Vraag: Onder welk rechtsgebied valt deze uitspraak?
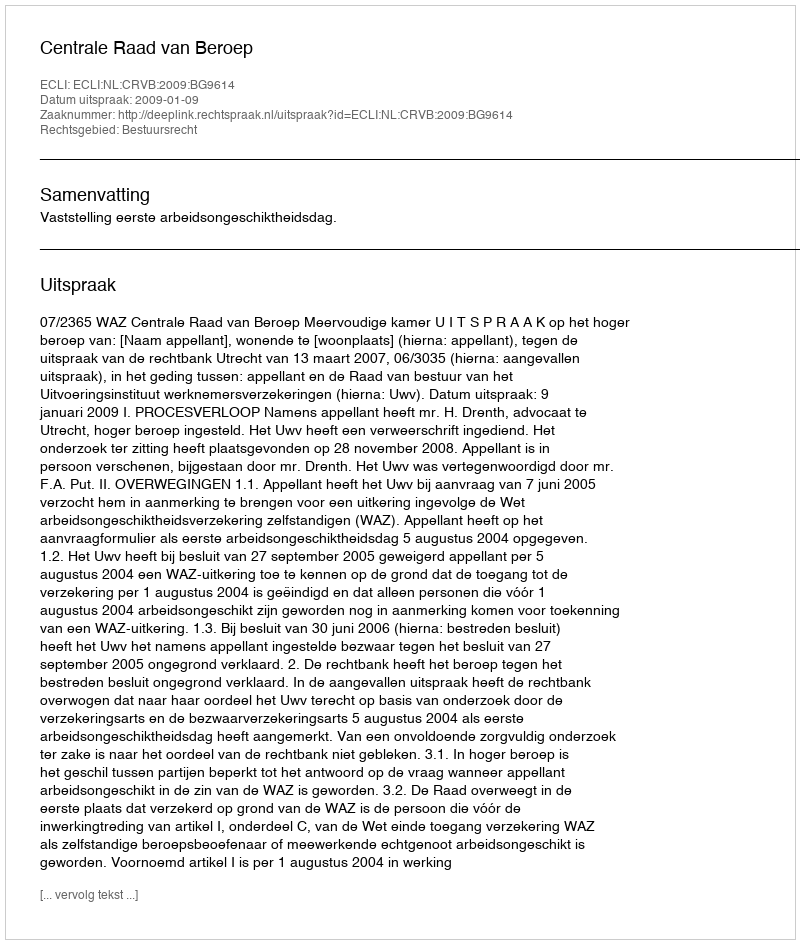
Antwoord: Bestuursrecht